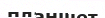
планшет